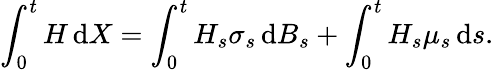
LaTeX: \int_{0}^{t}H\, \mathrm{d}X=\int_{0}^{t}H_{s}\sigma_{s}\, \mathrm{d}B_{s}+\int_{0}^{t}H_{s}\mu_{s}\, \mathrm{d}s.